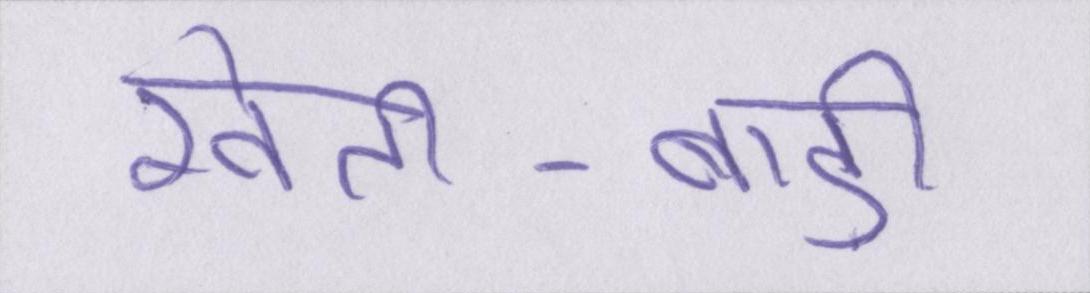
खेती-बाड़ी